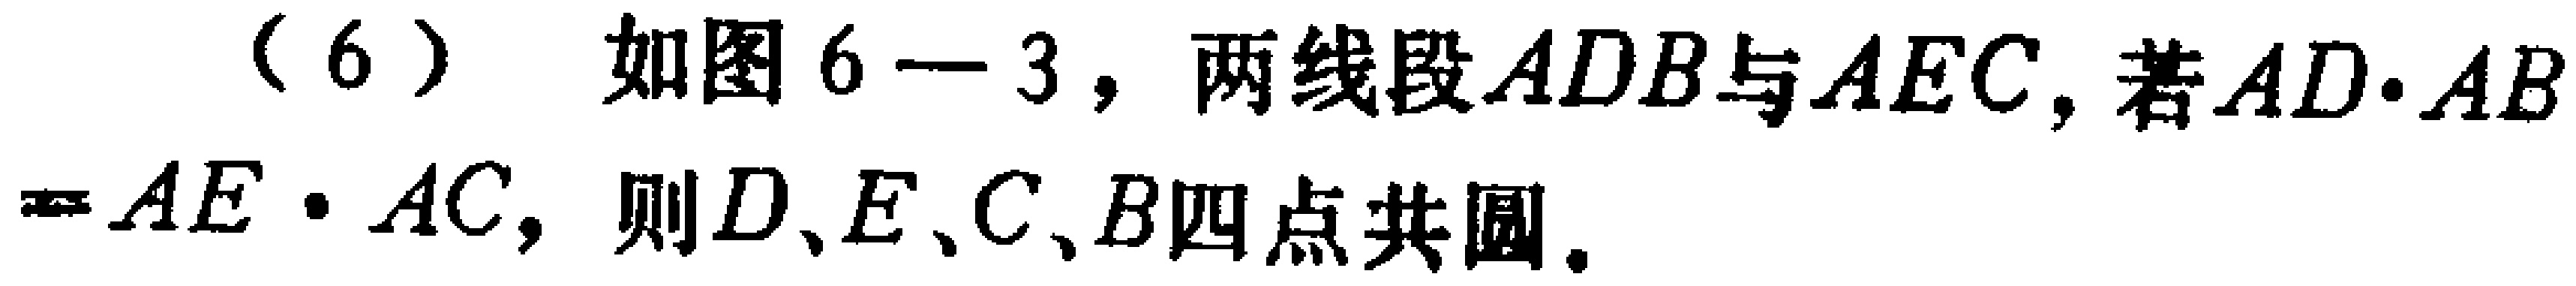
(6) 如图6-3，两线段\(ADB\)与\(AEC\)，若\(AD\cdot AB = AE\cdot AC\)，则\(D、E、C、B\)四点共圆.